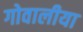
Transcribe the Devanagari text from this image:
गोवालीया